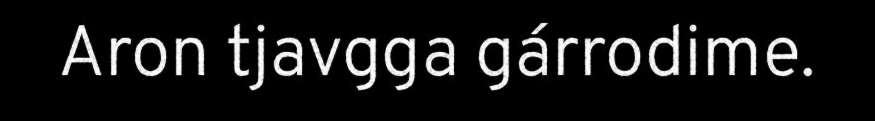
Aron tjavgga gárrodime.